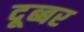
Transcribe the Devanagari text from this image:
दूब्बर